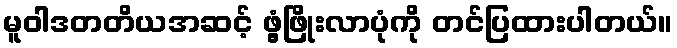
မူဝါဒတတိယအဆင့် ဖွံ့ဖြိုးလာပုံကို တင်ပြထားပါတယ်။